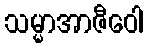
သမ္မာအာဇီဝေါ